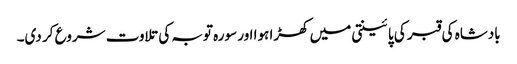
بادشاہ کی قبر کی پائینتی میں کھڑا ہوا اور سورہ توبہ کی تلاوت شروع کر دی۔